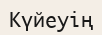
Күйеуің